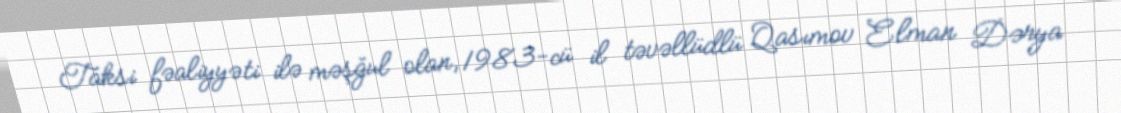
Taksi fəaliyyəti ilə məşğul olan, 1983-cü il təvəllüdlü Qasımov Elman Dərya